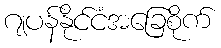
ဂျပန်နိုင်ငံအခြေစိုက်